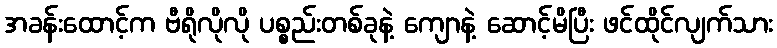
အခန်းထောင့်က ဗီရိုလိုလို ပစ္စည်းတစ်ခုနဲ့ ကျောနဲ့ ဆောင့်မိပြီး ဖင်ထိုင်လျက်သား